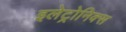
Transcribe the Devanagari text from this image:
इलेट्रोनिक्स